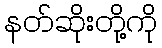
နတ်ဆိုးတို့ကို